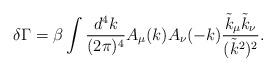
LaTeX: \begin{align*}\delta\Gamma=\beta\int \frac{d^4k}{(2\pi)^4}A_\mu(k)A_\nu(-k)\frac{\tilde k_\mu\tilde k_\nu}{(\tilde k^2)^2}. \end{align*}